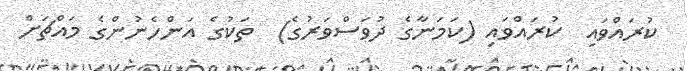
ކުރައްވައި  ކުރައްވައި (ކަމަނާގެ ދުވަސްވަރުގެ)  ތަކުގެ އަންހެނުންގެ މައްޗަށް